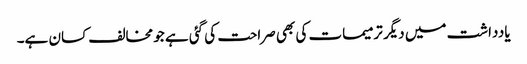
یادداشت میں دیگر ترمیمات کی بھی صراحت کی گئی ہے جو مخالف کسان ہے۔